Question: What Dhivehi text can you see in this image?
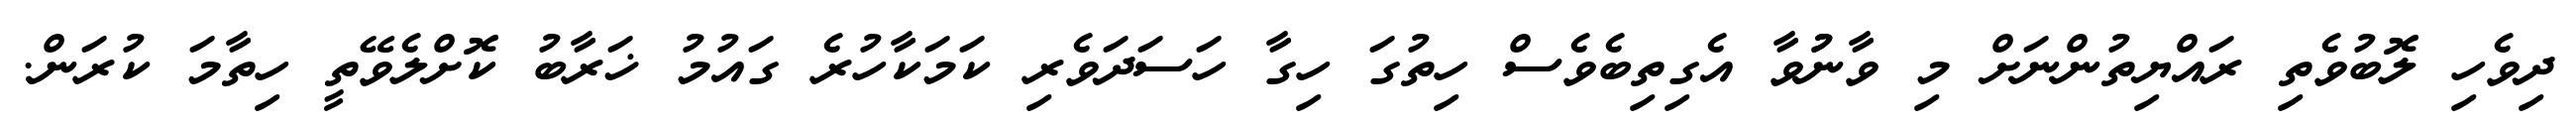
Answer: ދިވެހި ލޮބުވެތި ރައްޔިތުންނަށް މި ވާނުުވާ އެގިތިބެވެސް ހިތުގަ ހިގާ ހަސަދަވެރި ކަމަކާހުރެ ގައުމު ޚަރާބު ކޮށްލެވޭތީ ހިތާމަ ކުރަން.